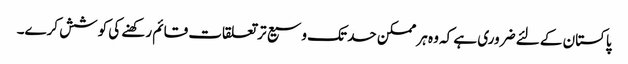
پاکستان کے لئے ضروری ہے کہ وہ ہر ممکن حد تک وسیع تر تعلقات قائم رکھنے کی کوشش کرے۔